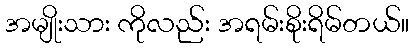
အမျိုးသား ကိုလည်း အရမ်းစိုးရိမ်တယ်။